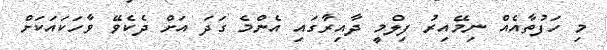
މި ހަފުތާއެއް ނިމޭއިރު ފިލްމީ ދާއިރާގައި އެންމެ ގަދަ އަށް ދެކެވޭ ވާހަކައަކަށް